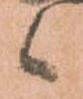
候